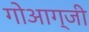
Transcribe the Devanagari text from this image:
गोआग्जी